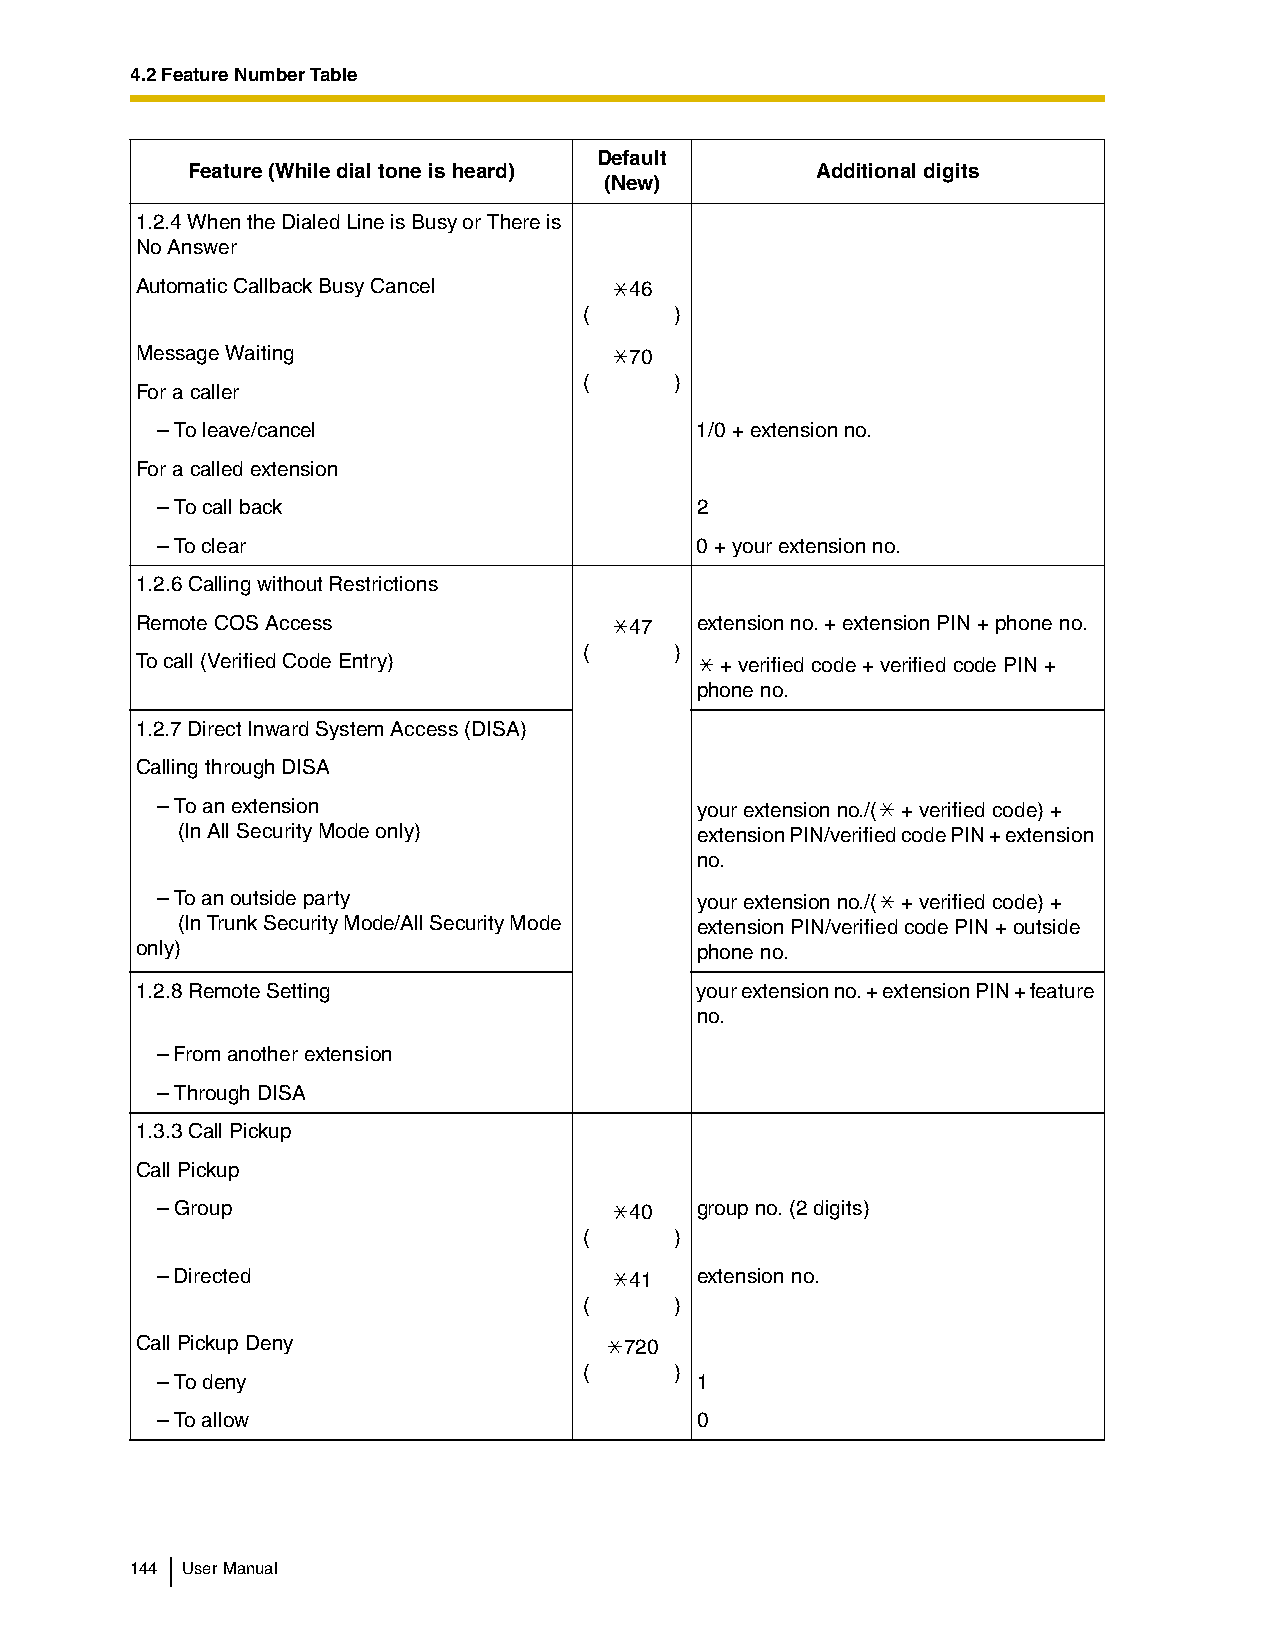
4.2 Feature Number Table
 Default
 Feature (While dial tone is heard)        Additional digits
 (New)
 1.2.4 When the Dialed Line is Busy or There is
 No Answer
 Automatic Callback Busy Cancel   46
 (     )
 Message Waiting                  70
 (     )
 For a caller
 – To leave/cancel                   1/0 + extension no.
 For a called extension
 – To call back                      2
 – To clear                          0 + your extension no.
 1.2.6 Calling without Restrictions
 Remote COS Access                47  extension no. + extension PIN + phone no.
 (     )
 To call (Verified Code Entry)          + verified code + verified code PIN +
 phone no.
 1.2.7 Direct Inward System Access (DISA)
 Calling through DISA
 – To an extension                   your extension no./( + verified code) +
 (In All Security Mode only)       extension PIN/verified code PIN + extension
 no.
 – To an outside party               your extension no./( + verified code) +
 (In Trunk Security Mode/All Security Mode extension PIN/verified code PIN + outside
 only)                                phone no.
 1.2.8 Remote Setting                 your extension no. + extension PIN + feature
 no.
 – From another extension
 – Through DISA
 1.3.3 Call Pickup
 Call Pickup
 – Group                         40  group no. (2 digits)
 (     )
 – Directed                      41  extension no.
 (     )
 Call Pickup Deny                720
 (     )
 – To deny                           1
 – To allow                          0
 144 User Manual